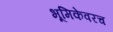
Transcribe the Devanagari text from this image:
भूमिकेवरच